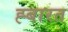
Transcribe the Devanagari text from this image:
ह्बारत